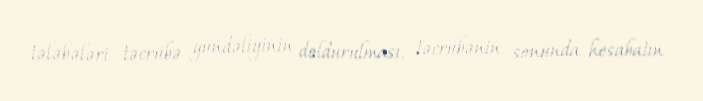
tələbələri təcrübə gündəliyinin doldurulması, təcrübənin sonunda hesabatın